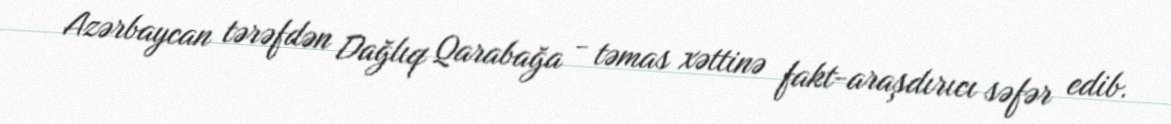
Azərbaycan tərəfdən Dağlıq Qarabağa - təmas xəttinə fakt-araşdırıcı səfər edib.